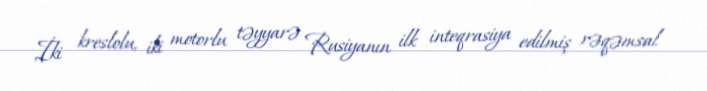
İki kreslolu, iki motorlu təyyarə Rusiyanın ilk inteqrasiya edilmiş rəqəmsal